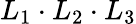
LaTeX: L_{1}\cdot L_{2}\cdot L_{3}